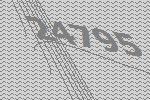
24795